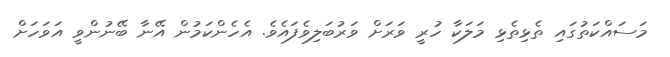
މަސައްކަތުގައި ތެޅިތެޅި މަލަކާ ހުރީ ވަރަށް ވަރުބަލިވެފައެވެ. އެހެންކަމުން އޭނާ ބޭނުންވީ އަވަހަށް